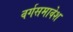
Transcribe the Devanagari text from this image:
वर्गसमावेश